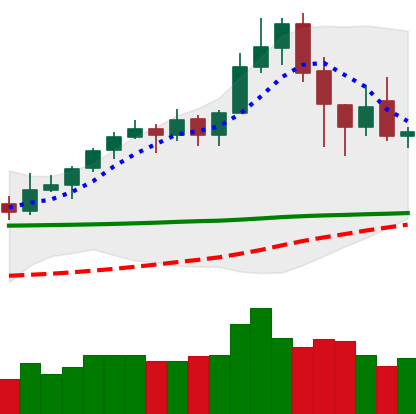
Ticker: XLM-USD
Chart end date: 2020-02-20
Forward return: -8.211%
Label: down_7plus